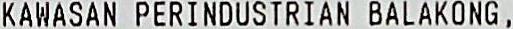
KAWASAN PERINDUSTRIAN BALAKONG ,